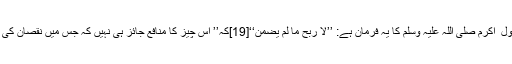
اور ان لوگوں کی دلیل رسول ِ اکرم صلی اللہ علیہ وسلم کا یہ فرمان ہے: ’’لاْ رِبْحَ مَاْ لم يضْمَن‘‘[19]کہ’’ اُس چیز کا منافع جائز ہی نہیں کہ جس میں نقصان کی ذمہ داری نہ لی گئی ہو‘‘۔